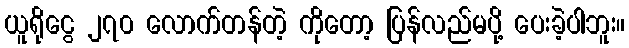
ယူရိုငွေ ၂၇၀ လောက်တန်တဲ့ ကိုတော့ ပြန်လည်မပို့ ပေးခဲ့ပါဘူး။